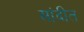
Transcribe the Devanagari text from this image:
सांदीत